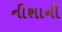
નીશાની